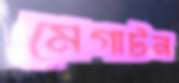
মেগাটন